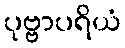
ပုဗ္ဗာပရိယံ